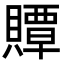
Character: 贉